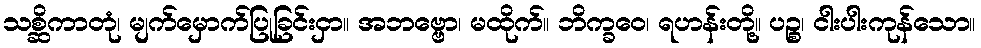
သစ္ဆိကာတုံ၊ မျက်မှောက်ပြုခြင်းငှာ။ အဘဗ္ဗော၊ မထိုက်။ ဘိက္ခဝေ၊ ရဟန်းတို့။ ပဉ္စ၊ ငါးပါးကုန်သော။